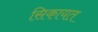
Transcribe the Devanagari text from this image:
सिकायत